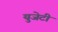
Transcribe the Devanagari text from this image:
युजेटी